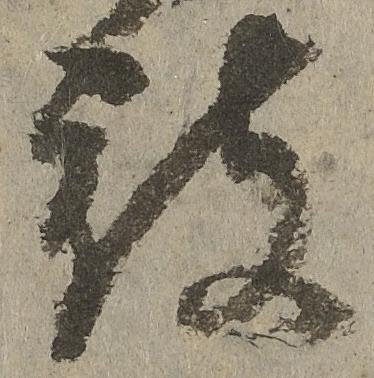
被